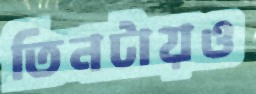
তিনটায়ও